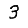
Digit: 3